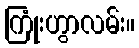
ကြုံးဟွာလမ်း။